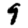
Digit: 9